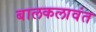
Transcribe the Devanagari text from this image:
बालकलावंत